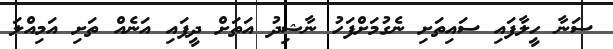
ސަނާ ހީލާފައި ސައިތަށި ނެގުމަށްފަހު ނާޝިދު އަތަށް ދީފައި އަނެއް ތަށި އަމިއްލަ